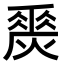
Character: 𤏀